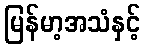
မြန်မာ့အသံနှင့်